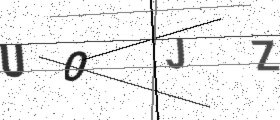
Text: U0JZ